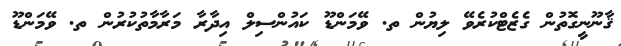
ޤާނޫނީގޮތުން ގެޒެޓްކުރެވޭ ލިޔުން ތ. ވޭމަންޑޫ ކައުންސިލް އިދާރާ މަރާމާތުކުރުން ތ. ވޭމަންޑޫ